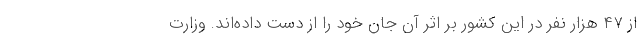
از ۴۷ هزار نفر در این کشور بر اثر آن جان خود را از دست داده‌اند. وزارت